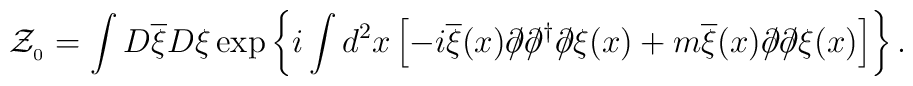
{\cal Z}_{_0} = \int D\overline{\xi} D\xi \exp \left\{ i \int d ^2 x \left[ -i \overline{\xi}(x) \partial \!\!\!/ \partial \!\!\!/ ^\dagger \partial \!\!\!/ \xi(x) + m \overline{\xi}(x) \partial \!\!\!/ \partial \!\!\!/ \xi(x) \right] \right\}.